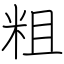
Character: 粗